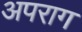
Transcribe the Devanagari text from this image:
अपराग